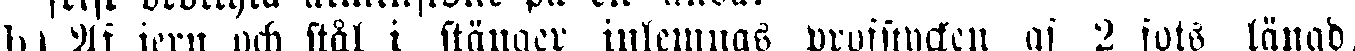
h) Af jern och stål i stänger inlemnas profstycken af 2 fots längd,